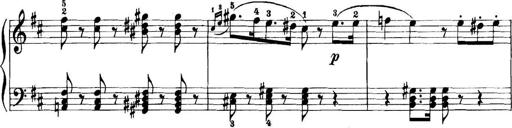
Title: 11 Sonatinas
Composer: Anton Diabelli